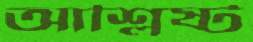
আশ্লিষ্ট